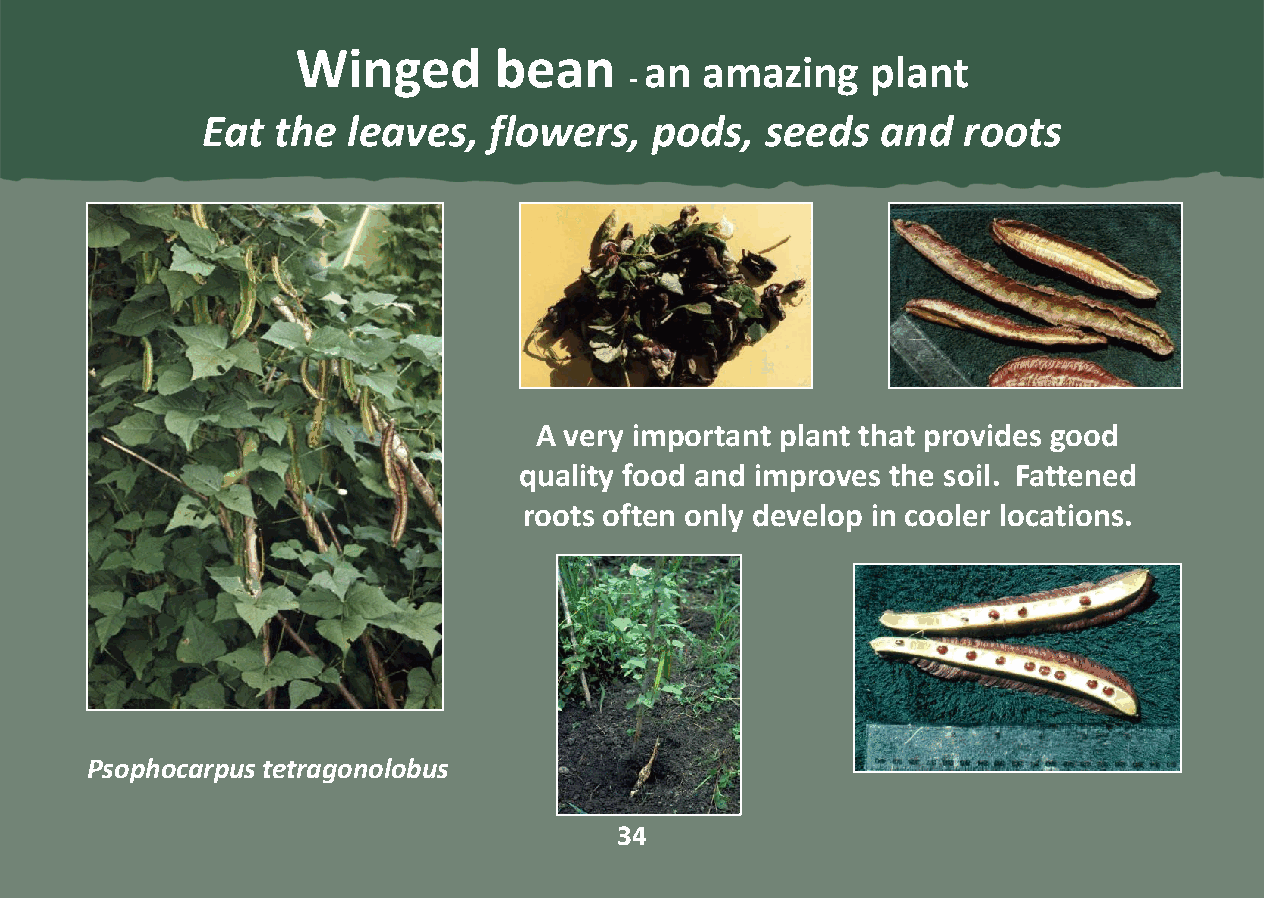
Winged       bean
 an amazing     plant
 -
 Eat  the  leaves,  flowers,   pods,   seeds  and   roots
 A very important plant that provides good
 quality food and improves the soil. Fattened
 roots often only develop in cooler locations.
 Psophocarpus tetragonolobus
 34